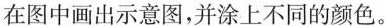
在图中画出示意图，并涂上不同的颜色。